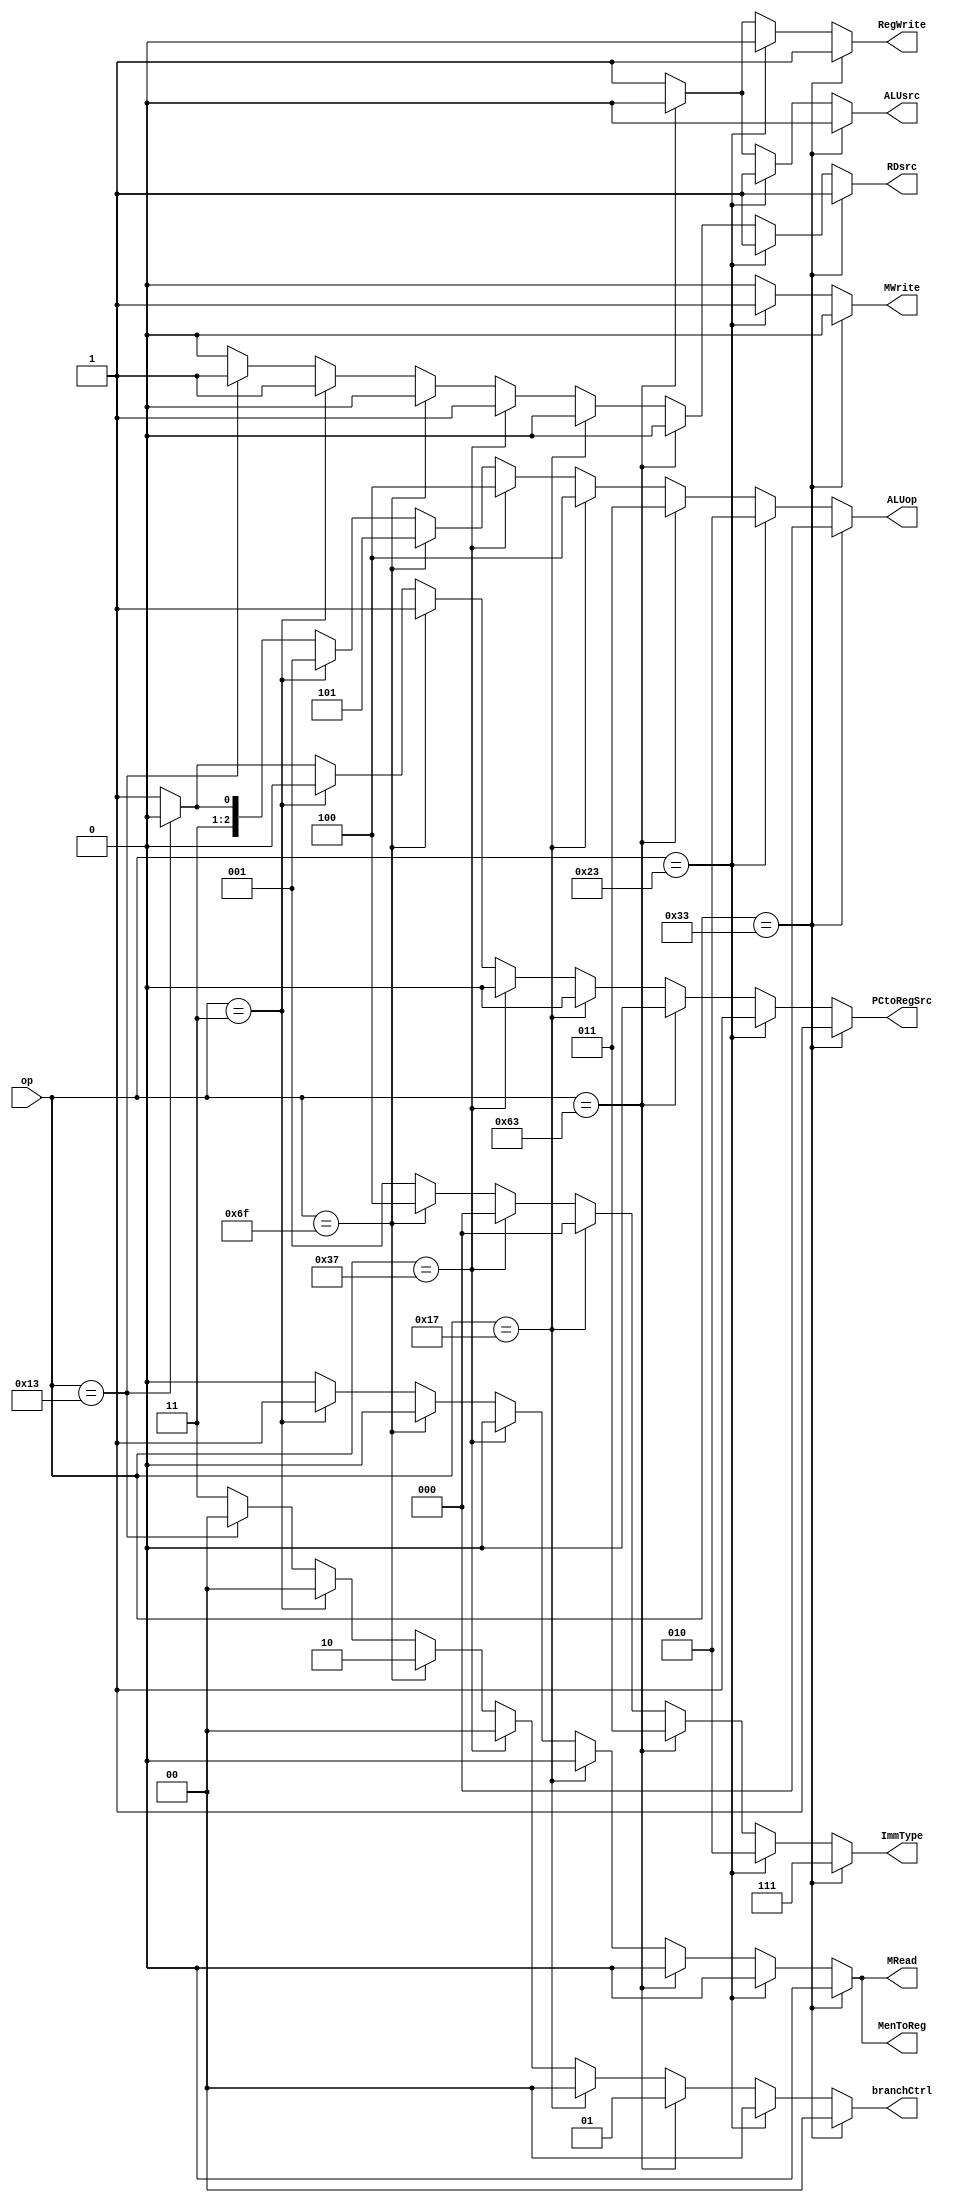
module Decoder(
	input [6:0]op,
	output reg RegWrite,
	output reg [2:0]ALUop,
	output reg ALUsrc,
	output reg [1:0]branchCtrl, // recognize Jtype, Btype, and other
	output reg PCtoRegSrc,
	output reg RDsrc,
	output reg MRead,
	output reg MWrite,
	output reg MenToReg,
	output reg [2:0]ImmType
);


	always@(op)begin
		if(op==7'b0110011)begin
		// R type
			RegWrite = 1;
			ALUop = 3'b000;
			ALUsrc = 0;
			branchCtrl = 0; // don't care
			PCtoRegSrc = 1; // don't care
			RDsrc = 1;
			MRead = 0;
			MWrite = 0;
			MenToReg = 0;
			ImmType = 3'b111; // don't care
		end else if(op==7'b0100011)begin
		// S type
			RegWrite = 0;
			ALUop = 3'b010;
			ALUsrc = 1;
			branchCtrl = 0; // don't care
			PCtoRegSrc = 1; // don't care
			RDsrc = 1; // don't care
			MRead = 0;
			MWrite = 1;  
			MenToReg = 0; // don't care
			ImmType = 3'b010; 
		end else if(op==7'b1100011)begin
		// B type
			RegWrite = 0;
			ALUop = 3'b011;
			ALUsrc = 0;
			branchCtrl = 1;  
			PCtoRegSrc = 0;
			RDsrc = 0;
			MRead = 0;
			MWrite = 0;  
			MenToReg = 0; // don't care
			ImmType = 3'b011; 
		end else if(op==7'b0010111)begin
		// U-1 type AUIPC
		   	RegWrite = 1;
			ALUop = 3'b100;
			ALUsrc = 1; // don't care
			branchCtrl = 0; // don't care
			PCtoRegSrc = 0;  
			RDsrc = 0; 
			MRead = 0;
			MWrite = 0;  
			MenToReg = 0;  
			ImmType = 3'b000; 
		end else if(op==7'b0110111)begin
		// U-2 type LUI
		    	RegWrite = 1;
			ALUop = 3'b100;
			ALUsrc = 1;  
			branchCtrl = 0; // don't care
			PCtoRegSrc = 0; // don't care
			RDsrc = 1; 
			MRead = 0;
			MWrite = 0;  
			MenToReg = 0;  
			ImmType = 3'b000; 
		end else if(op==7'b1101111)begin 
		// J type
		    	RegWrite = 1;
			ALUop = 3'b101;
			ALUsrc = 1; // don't care
			branchCtrl = 2;
			PCtoRegSrc = 1;
			RDsrc = 0;
			MRead = 0;
			MWrite = 0;  
			MenToReg = 0;  
			ImmType = 3'b100; 
		end else begin
		// I type
			if(op==7'b0000011)begin
		    		RegWrite = 1;
				ALUop = 3'b001;
				ALUsrc = 1; 
				branchCtrl = 0; // don't care
				PCtoRegSrc = 0; // don't care
				RDsrc = 1; 
				MRead = 1;
				MWrite = 0;  
				MenToReg = 1;  
				ImmType = 3'b001; 
			end else if(op==7'b0010011)begin
		    		RegWrite = 1;
				ALUop = 3'b110;
				ALUsrc = 1; 
				branchCtrl = 0; // don't care
				PCtoRegSrc = 0; // don't care
				RDsrc = 1; 
				MRead = 0;
				MWrite = 0;  
				MenToReg = 0;  
				ImmType = 3'b001; 
			end else begin
		    		RegWrite = 1;
				ALUop = 3'b111;
				ALUsrc = 1; 
				branchCtrl = 3; 
				PCtoRegSrc = 1; 
				RDsrc = 0; 
				MRead = 0;
				MWrite = 0;  
				MenToReg = 0;  
				ImmType = 3'b001; 
			end
		end

	end

endmodule